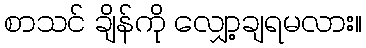
စာသင် ချိန်ကို လျှော့ချရမလား။